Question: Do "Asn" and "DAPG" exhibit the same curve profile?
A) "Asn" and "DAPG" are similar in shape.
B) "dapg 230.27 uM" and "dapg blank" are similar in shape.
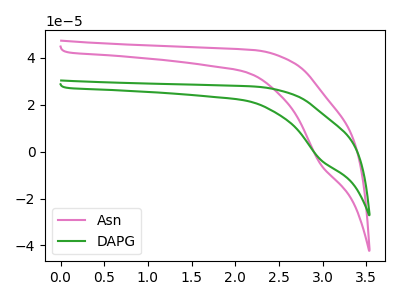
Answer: <think>The pink curve "Asn" has a cathodic peak at: (2.95V, -5.20uA). The green curve "DAPG" has a cathodic peak at: (2.95V, -3.35uA).
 All the peaks in "Asn" have a peak in "DAPG" at the same potential. Every peak in "Asn" is higher than every peak in "DAPG".</think>
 <answer>A) "Asn" and "DAPG" are similar in shape.</answer>
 <eval>A</eval>